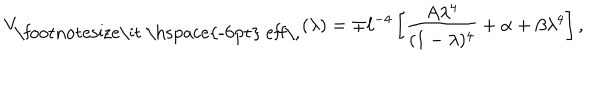
V _ { \mathrm { \footnotesize \it ~ ~ e f f \, } } ( \lambda ) = \mp \ell ^ { - 4 } \left[ { \frac { A \lambda ^ { 4 } } { ( 1 - \lambda ) ^ { 4 } } } + \alpha + \beta \lambda ^ { 4 } \right] ,